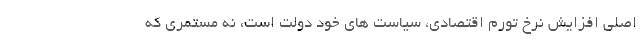
اصلی افزایش نرخ تورم اقتصادی، سیاست های خود دولت است، نه مستمری که